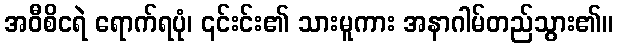
အဝီစိငရဲ ရောက်ရပုံ၊ ၎င်းင်း၏ သားမူကား အနာဂါမ်တည်သွား၏။